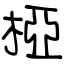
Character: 椏